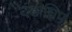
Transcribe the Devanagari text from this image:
दंडाधिप